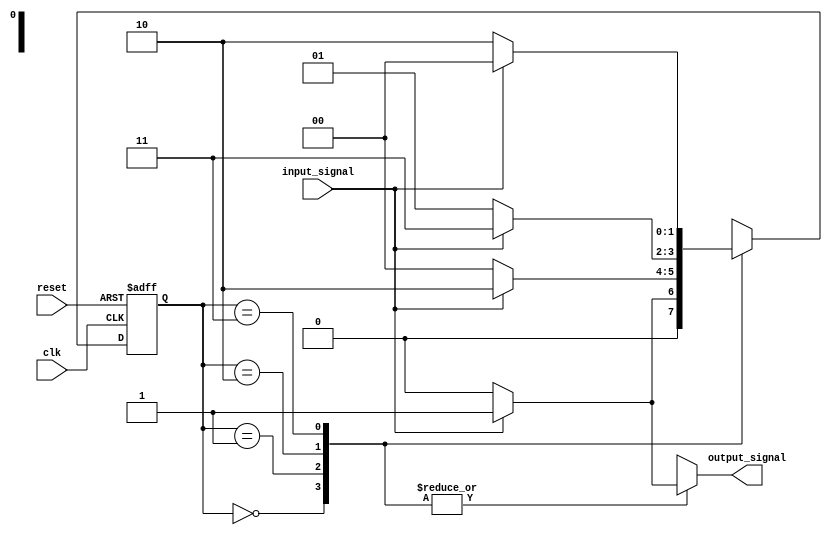
module MealyFSM #(parameter N = 2) (
    input wire clk,
    input wire reset,
    input wire input_signal,
    output reg output_signal
);

    // State encoding
    localparam STATE_0 = 2'b00;
    localparam STATE_1 = 2'b01;
    localparam STATE_2 = 2'b10;
    localparam STATE_3 = 2'b11;

    // State register
    reg [N-1:0] current_state, next_state;

    // State transition logic
    always @(*) begin
        case (current_state)
            STATE_0: begin
                if (input_signal) begin
                    next_state = STATE_1;
                    output_signal = 1'b1; // Output changes immediately
                end else begin
                    next_state = STATE_0;
                    output_signal = 1'b0;
                end
            end
            
            STATE_1: begin
                if (input_signal) begin
                    next_state = STATE_2;
                    output_signal = 1'b1;
                end else begin
                    next_state = STATE_0;
                    output_signal = 1'b0;
                end
            end
            
            STATE_2: begin
                if (input_signal) begin
                    next_state = STATE_3;
                    output_signal = 1'b1;
                end else begin
                    next_state = STATE_1;
                    output_signal = 1'b0;
                end
            end
            
            STATE_3: begin
                if (input_signal) begin
                    next_state = STATE_0;
                    output_signal = 1'b1;
                end else begin
                    next_state = STATE_2;
                    output_signal = 1'b0;
                end
            end
            
            default: begin
                next_state = STATE_0;
                output_signal = 1'b0;
            end
        endcase
    end

    // State update logic
    always @(posedge clk or posedge reset) begin
        if (reset) begin
            current_state <= STATE_0; // Initialize to the first state
        end else begin
            current_state <= next_state; // Update state on clock edge
        end
    end

endmodule